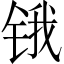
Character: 锇